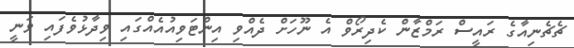
ޗެޗެނިއާގެ ރައީސް ރަމްޒާން ކެދިރޯވް އެ ނޫހަށް ދެއްވި އިންޓަވިއުއެއްގައި ވިދާޅުވެފައި ވަނީ